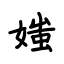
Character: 媸